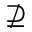
\nsupseteq